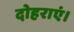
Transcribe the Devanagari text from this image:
दोहराएं।